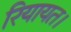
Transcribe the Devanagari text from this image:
रियायत।